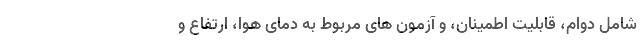
شامل دوام، قابلیت اطمینان، و آزمون های مربوط به دمای هوا، ارتفاع و